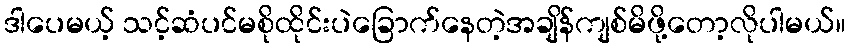
ဒါပေမယ့် သင့်ဆံပင်မစိုထိုင်းပဲခြောက်နေတဲ့အချိန်ကျစ်မိဖို့တော့လိုပါမယ်။